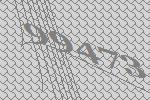
99473